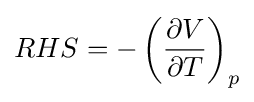
RHS=-\left({\partial V \over \partial T}\right)_{p}